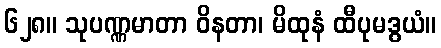
၆၂၈။ သုပဏ္ဏမာတာ ဝိနတာ၊ မိထုနံ ထီပုမဒွယံ။